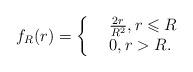
LaTeX: \begin{align*}f_R(r)= \left\{\begin{array}{rl}&\frac{2r}{R^2}, r\leqslant R\\&0, r>R.\end{array} \right.\end{align*}